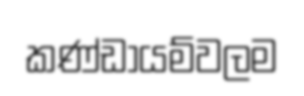
කණ්ඩායම්වලම